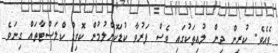
ވެއެވެ. ކުރިން ދިން ލުއިތަކުގައި ވެސް ފަރުވާ ކުޑަކޮށްލުމުން ކޮވިޑް ކްލަސްޓާތައް ގިނަވެ